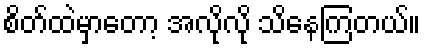
စိတ်ထဲမှာတော့ အလိုလို သိနေကြတယ်။